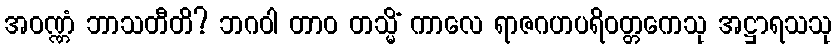
အဝဏ္ဏံ ဘာသတီတိ? ဘဂဝါ တာဝ တသ္မိံ ကာလေ ရာဇဂဟပရိဝတ္တကေသု အဋ္ဌာရသသု